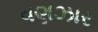
વણઝાર